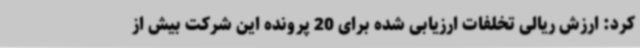
کرد: ارزش ریالی تخلفات ارزیابی شده برای 20 پرونده این شرکت بیش از